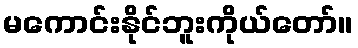
မကောင်းနိုင်ဘူးကိုယ်တော်။